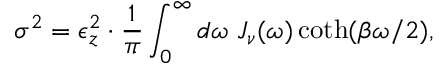
\sigma ^ { 2 } = \epsilon _ { z } ^ { 2 } \cdot \frac { 1 } { \pi } \int _ { 0 } ^ { \infty } d \omega ~ J _ { \nu } ( \omega ) \coth ( \beta \omega / 2 ) ,